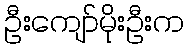
ဦးကျော်မိုးဦးက